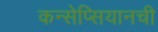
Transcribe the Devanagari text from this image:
कन्सेप्सियानची